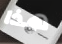
هذا